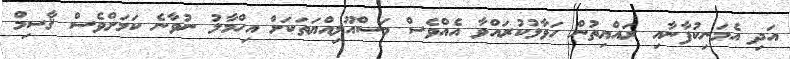
އަދި އެމަނިކުފާނާއި ރައްޔިތުން ހަވާލުކުރައްވާ އެއްވެސް މަސްއޫލިއްޔަތަކަށް އިހްމާލު ނުވާނެ ކަމަށްވެސް ޤާސިމް